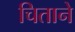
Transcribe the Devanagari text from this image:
चिताने